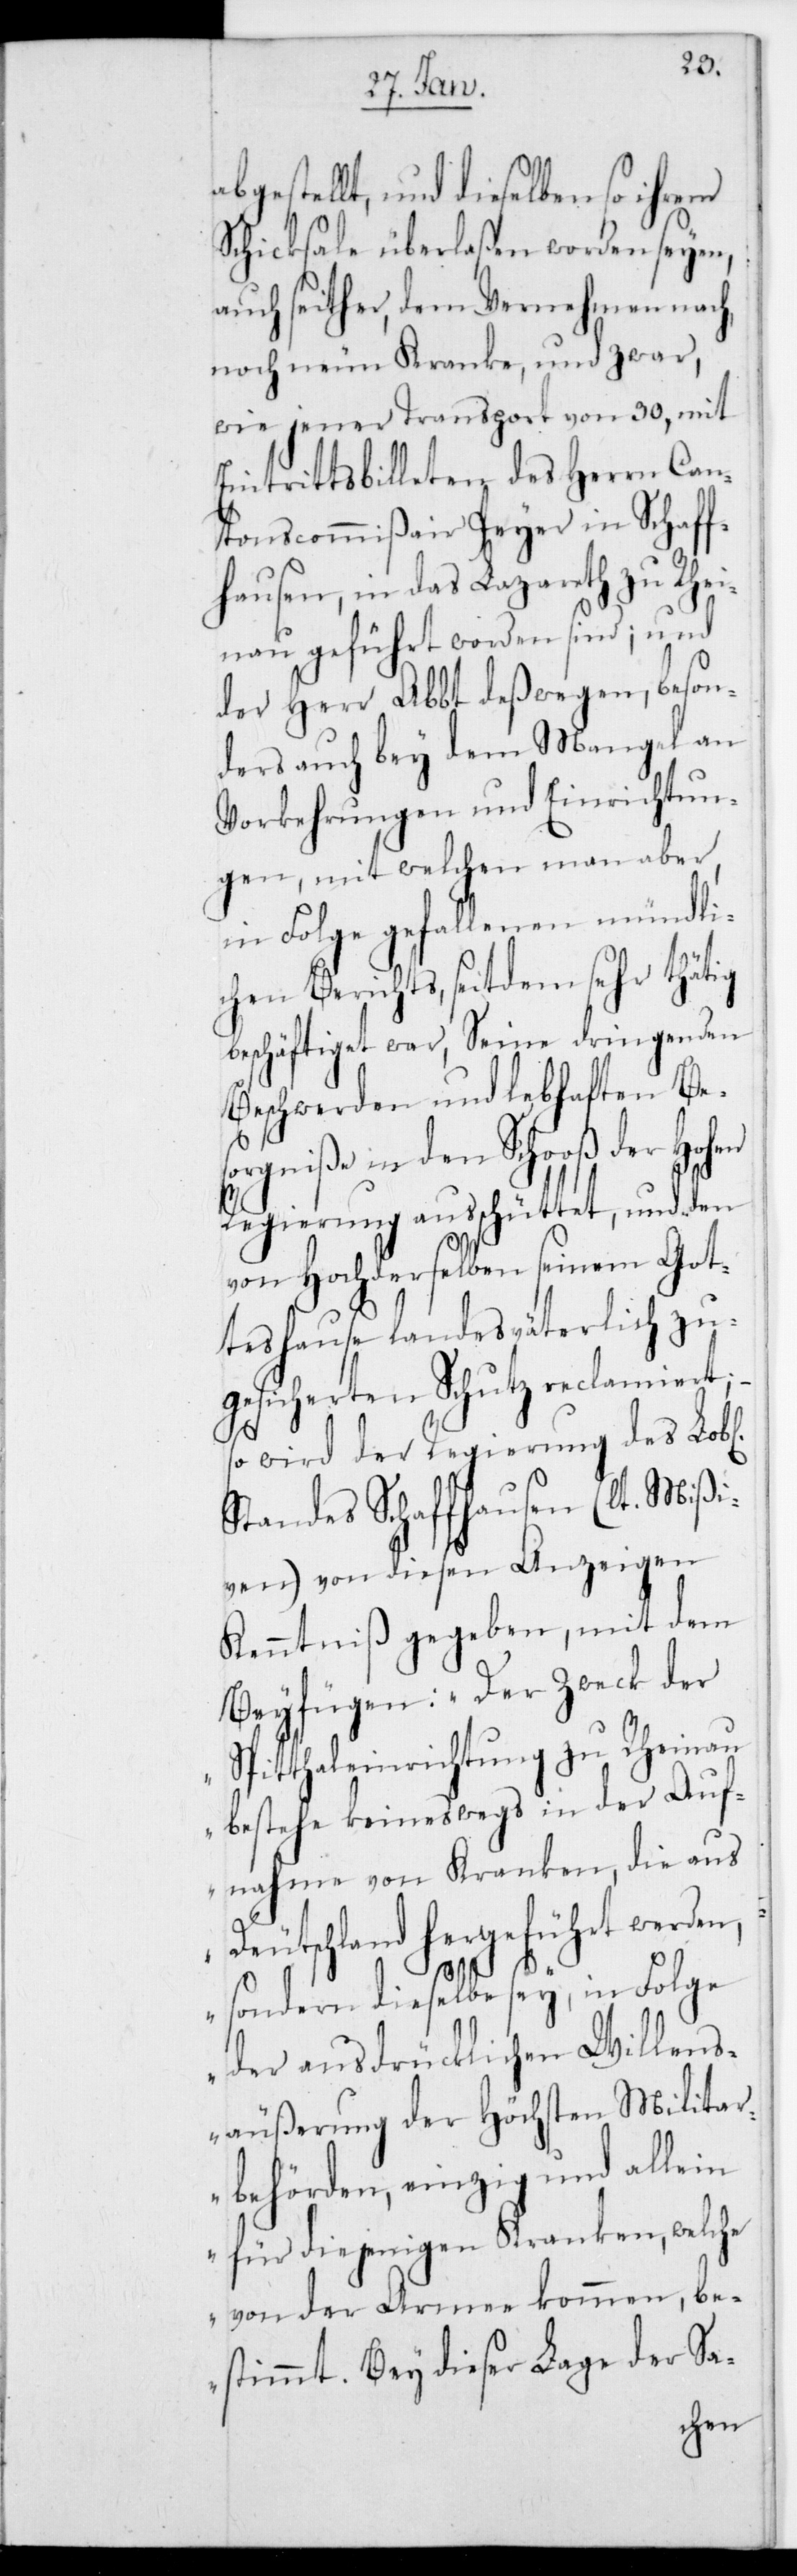
abgestellt, und dieselben so ihrem
Schicksale überlaßen worden seyen,
auch seither, dem Vernehmen nach,
noch neun Kranke, und zwar
wie jener Transport von 30, mit
Eintrittsbilleten des Herrn Can¬
tonscommißair Peyer in Schaff¬
hausen, in das Lazareth zu Rhei¬
nau geführt worden sind; und
der Herr Abbt deßwegen, beson¬
ders auch bey dem Mangel an
Vorkehrungen und Einrichtun¬
gen, mit welchen man aber,
in Folge gefallenen mündli¬
chen Berichts, seitdem sehr thätig
beschäftiget war, seine dringenden
Beschwerden und lebhaften Be¬
Hohen
sorgniße in den Schooß d¬
Regierung außchüttet, und den
von Hochderselben seinem Got¬
teshause landesväterlich zu¬
gesichereten Schutz reclamiert;
–
so wird der Regierung des L.
Standes Schaffhausen (lt. Mißi¬
ven) von diesen Anzeigen
Kenntniß gegeben, mit dem
Beyfügen: „Der Zweck der
Spitthaleinrichtung zu Rheinau
bestehe keineswegs in der Auf¬
nahme von Kranken, die aus
Deutschland hergeführt werden,
sondern dieselbe sey, in Folge
der ausdrücklichen Willens¬
äußerung der höchsten Militar¬
behörden, einzig und allein
für diejenigen Kranken, welche
von der Armee kommen, be¬
stimmt. Bey dieser Lage der Sa-